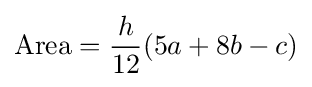
{\text{Area}}={\frac {h}{12}}(5a+8b-c)